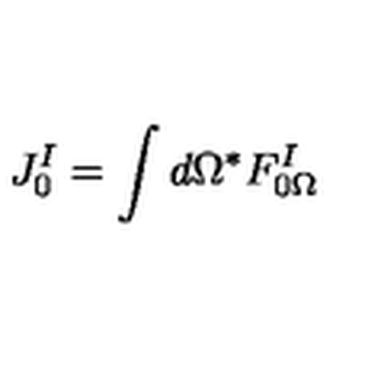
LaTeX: J _ { 0 } ^ { I } = \int d \Omega { } ^ { * } F _ { 0 \Omega } ^ { I }